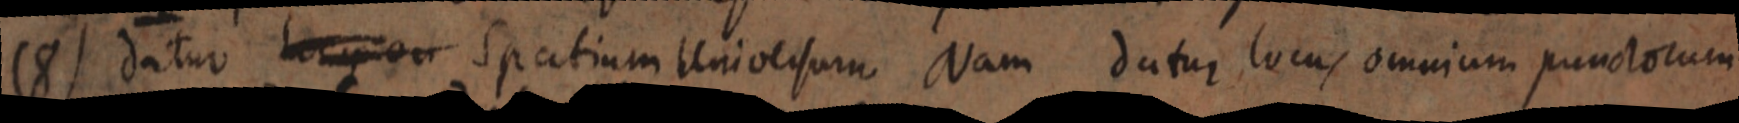
(8) datur locus et Spatium Universum Nam datur locus omnium punctorum